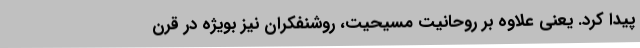
پیدا کرد. یعنی علاوه بر روحانیت مسیحیت، روشنفکران نیز بویژه در قرن